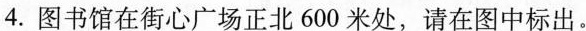
4. 图书馆在街心广场正北 600 米处，请在图中标出。